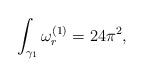
\begin{align*}\int_{\gamma_1}\omega^{(1)}_{r}=24\pi^2,\end{align*}